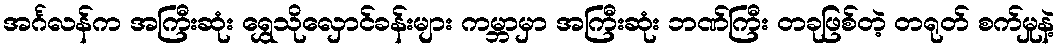
အင်္ဂလန်က အကြီးဆုံး ရွှေသိုလှောင်ခန်းများ ကမ္ဘာမှာ အကြီးဆုံး ဘဏ်ကြီး တခုဖြစ်တဲ့ တရုတ် စက်မှုနဲ့